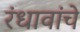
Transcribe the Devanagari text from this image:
रंधावांचे